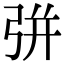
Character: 𢏳